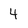
Character: 4